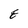
Character: E